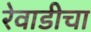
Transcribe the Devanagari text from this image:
रेवाडीचा